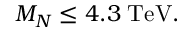
M _ { N } \leq 4 . 3 \; \mathrm { T e V } .